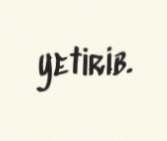
yetirib.